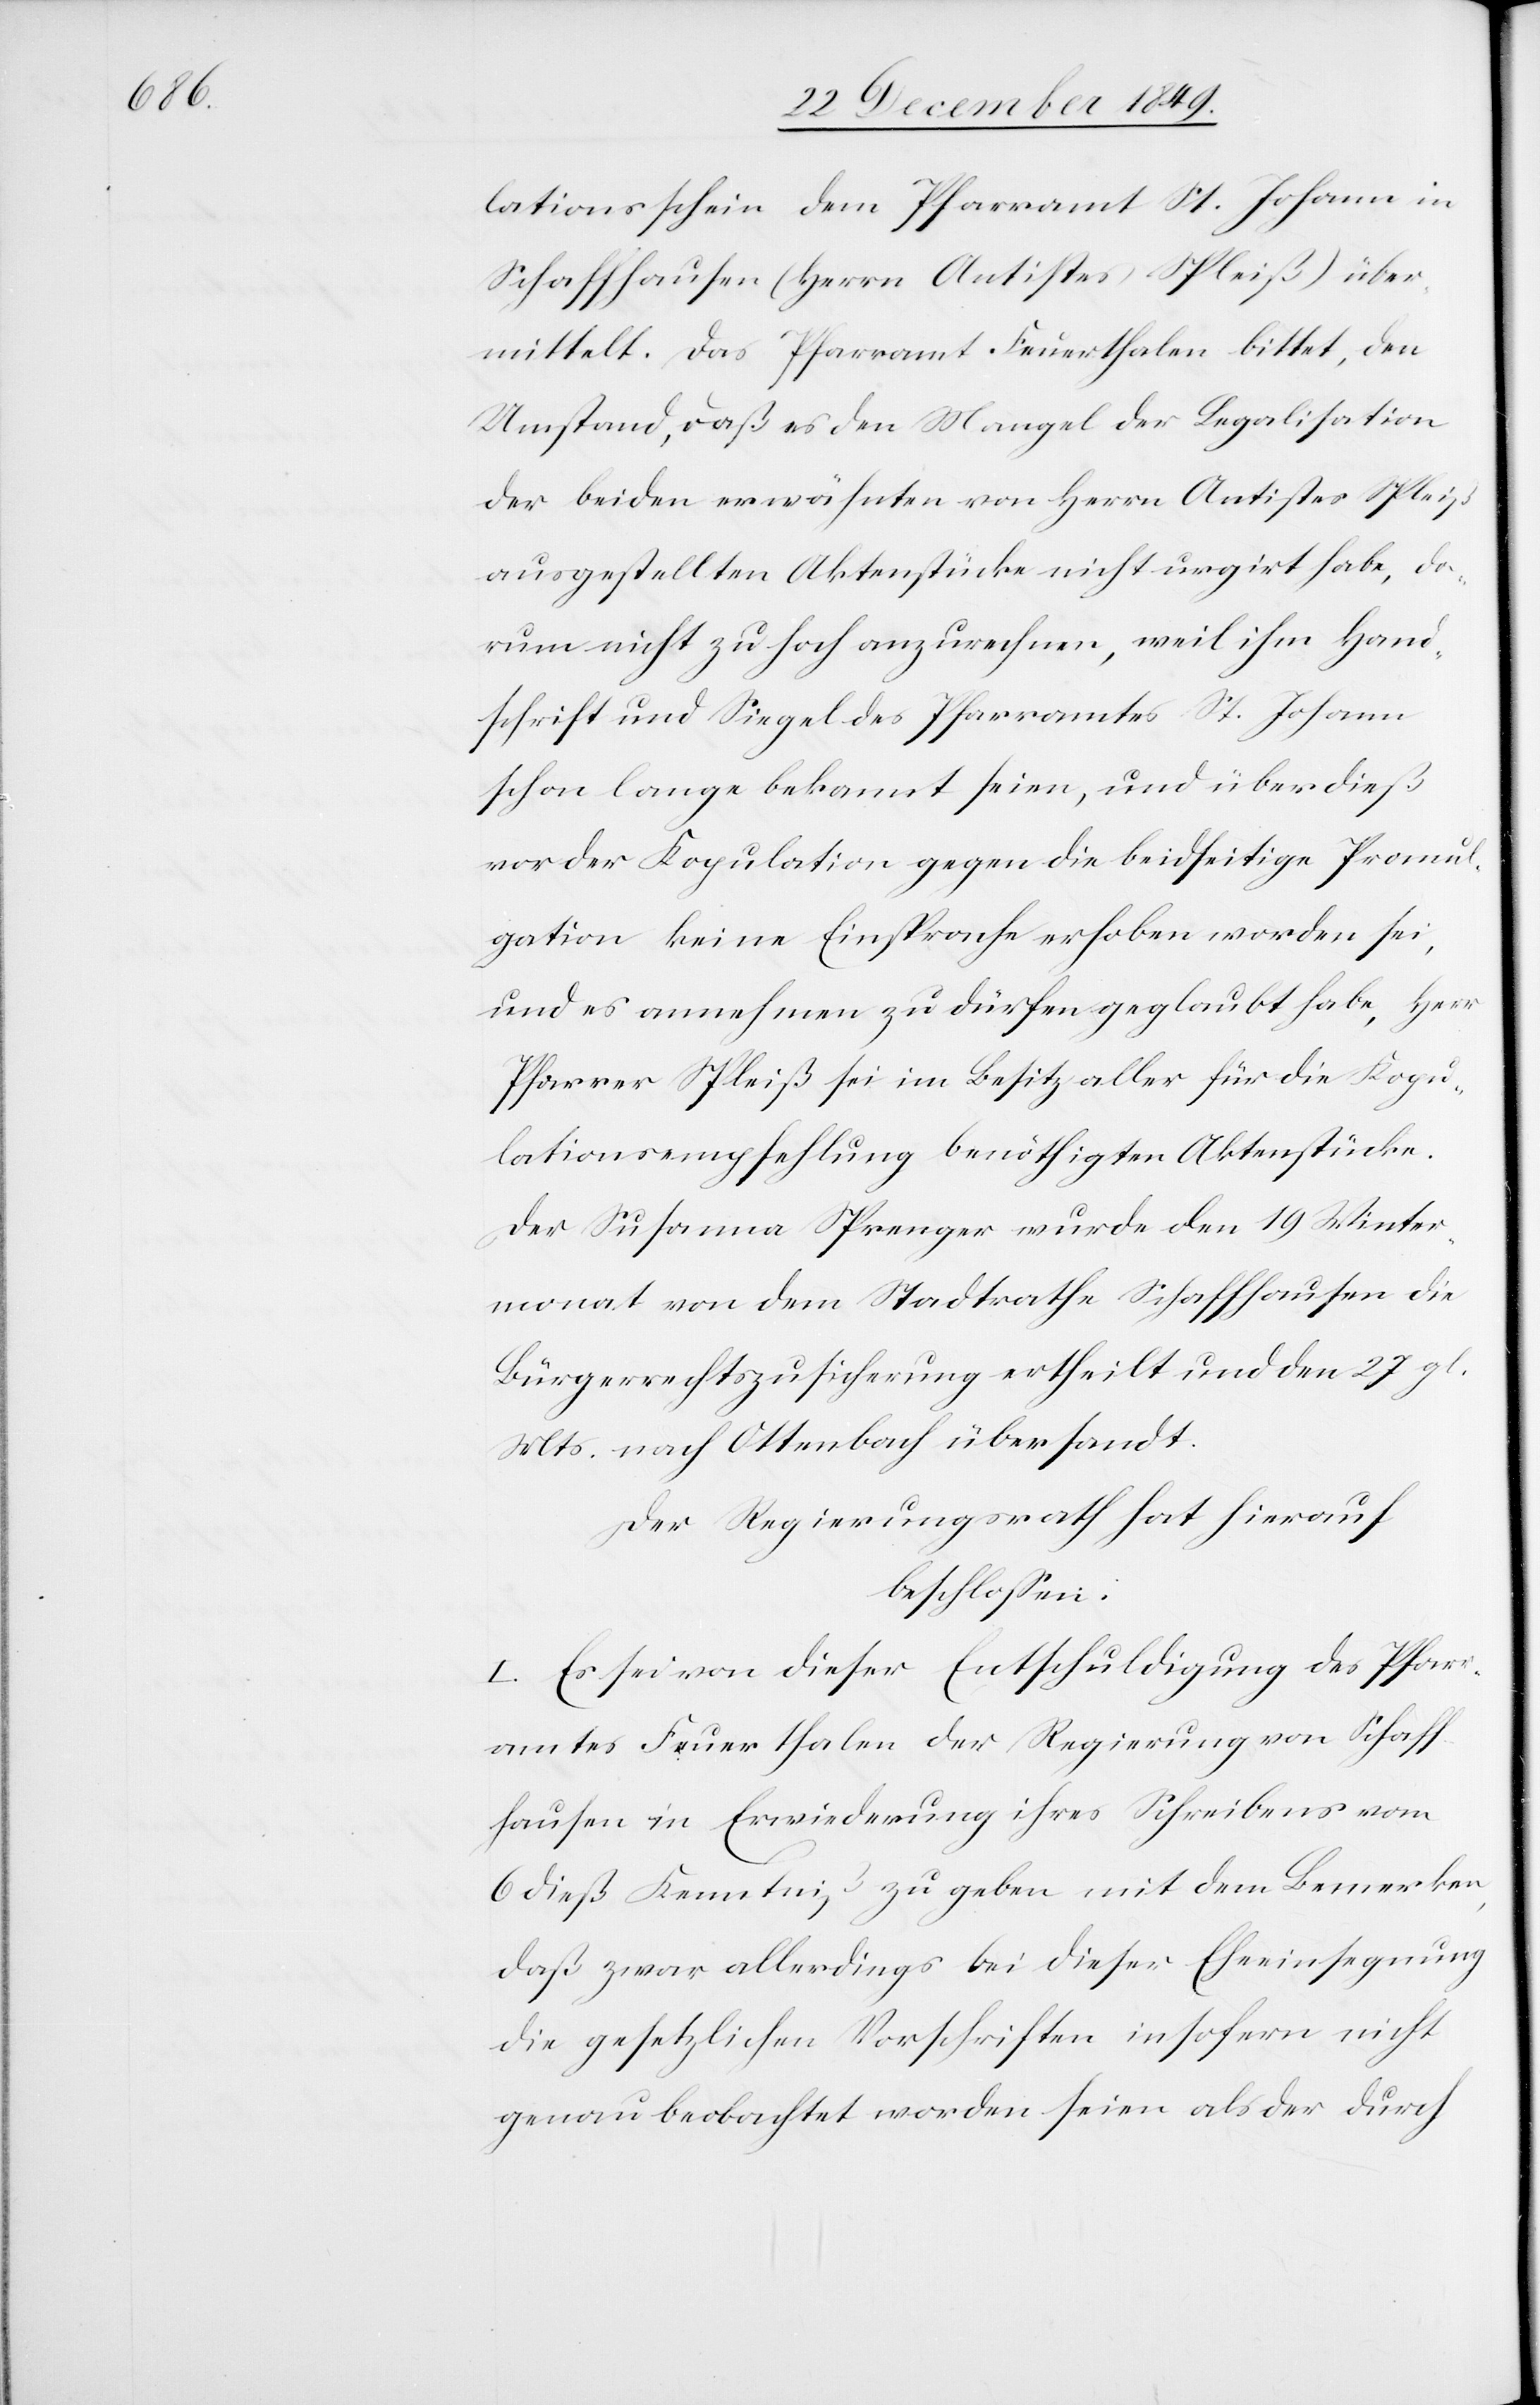
lationsschein dem Pfarramt St. Johann in
Schaffhausen (Herrn Antistes Spleiß) über¬
mittelt. Das Pfarramt Feuerthalen bittet, den
Umstand, daß es den Mangel der Legalisation
der beiden erwähnten von Herrn Antistes Spleiß
ausgestellten Aktenstücke nicht urgirt habe, da¬
rum nicht zu hoch anzurechnen, weil ihm Hand¬
schrift und Siegel des Pfarramtes St. Johann
schon lange bekannt seien, und überdieß
vor der Kopulation gegen die beidseitige Promul¬
gation keine Einsprache erhoben worden sei,
und es annehmen zu dürfen geglaubt habe, Herr
Pfarrer Spleiß sei im Besitz aller für die Kopu¬
lationsempfehlung benöthigten Aktenstücke.
Der Susanna Sprenger wurde den 19 Winter¬
monat von dem Stadtrathe Schaffhausen die
Bürgerrechtszusicherung ertheilt und den 27 gl.
Mts. nach Ottenbach übersendet.
Der Regierungsrath hat hierauf
beschloßen:
I. Es sei von dieser Entschuldigung des Pfarr¬
amtes Feuerthalen der Regierung von Schaff¬
hausen in Erwiederung ihres Schreibens vom
6 dieß Kenntniß zu geben mit dem Bemerken,
daß zwar allerdings bei dieser Eheeinsegnung
die gesetzlichen Vorschriften insofern nicht
genau beobachtet worden seien als der durch